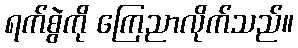
ရက်စွဲကို ကြေညာလိုက်သည်။